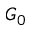
G _ { 0 }